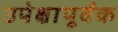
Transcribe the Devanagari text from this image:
उपेक्षापूर्वक